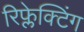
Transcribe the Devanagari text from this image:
रिफ्लेक्टिंग